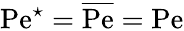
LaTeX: \mathrm{Pe}^{\star}=\overline{{\mathrm{Pe}}}=\mathrm{Pe}